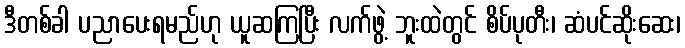
ဒီတစ်ခါ ပညာပေးရမည်ဟု ယူဆကြပြီး လက်ဖွဲ့ ဘူးထဲတွင် စိပ်ပုတီး၊ ဆံပင်ဆိုးဆေး၊